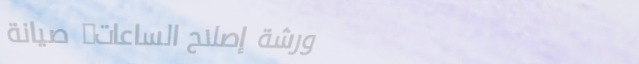
ورشة إصلاح الساعات: صيانة